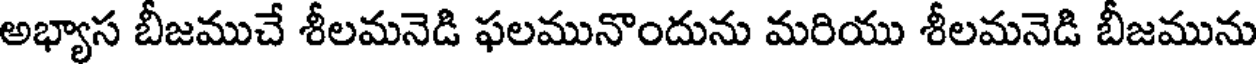
అభ్యాస బీజముచే శీలమనెడి ఫలమునొందును మరియు శీలమనెడి బీజమును